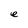
Character: e